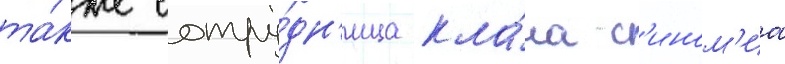
та́кже сотру́дн'ица кла́на с'ином'иа